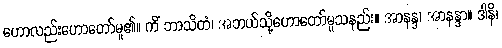
ဟောလည်းဟောတော်မူ၏။ ကိံ ဘာသိတံ၊ အဘယ်သို့ဟောတော်မူသနည်း။ အာနန္ဒ၊ အာနန္ဒာ။ ဒါနိ၊